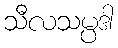
သီလသမ္ပဒါ